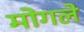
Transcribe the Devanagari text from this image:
मोगले